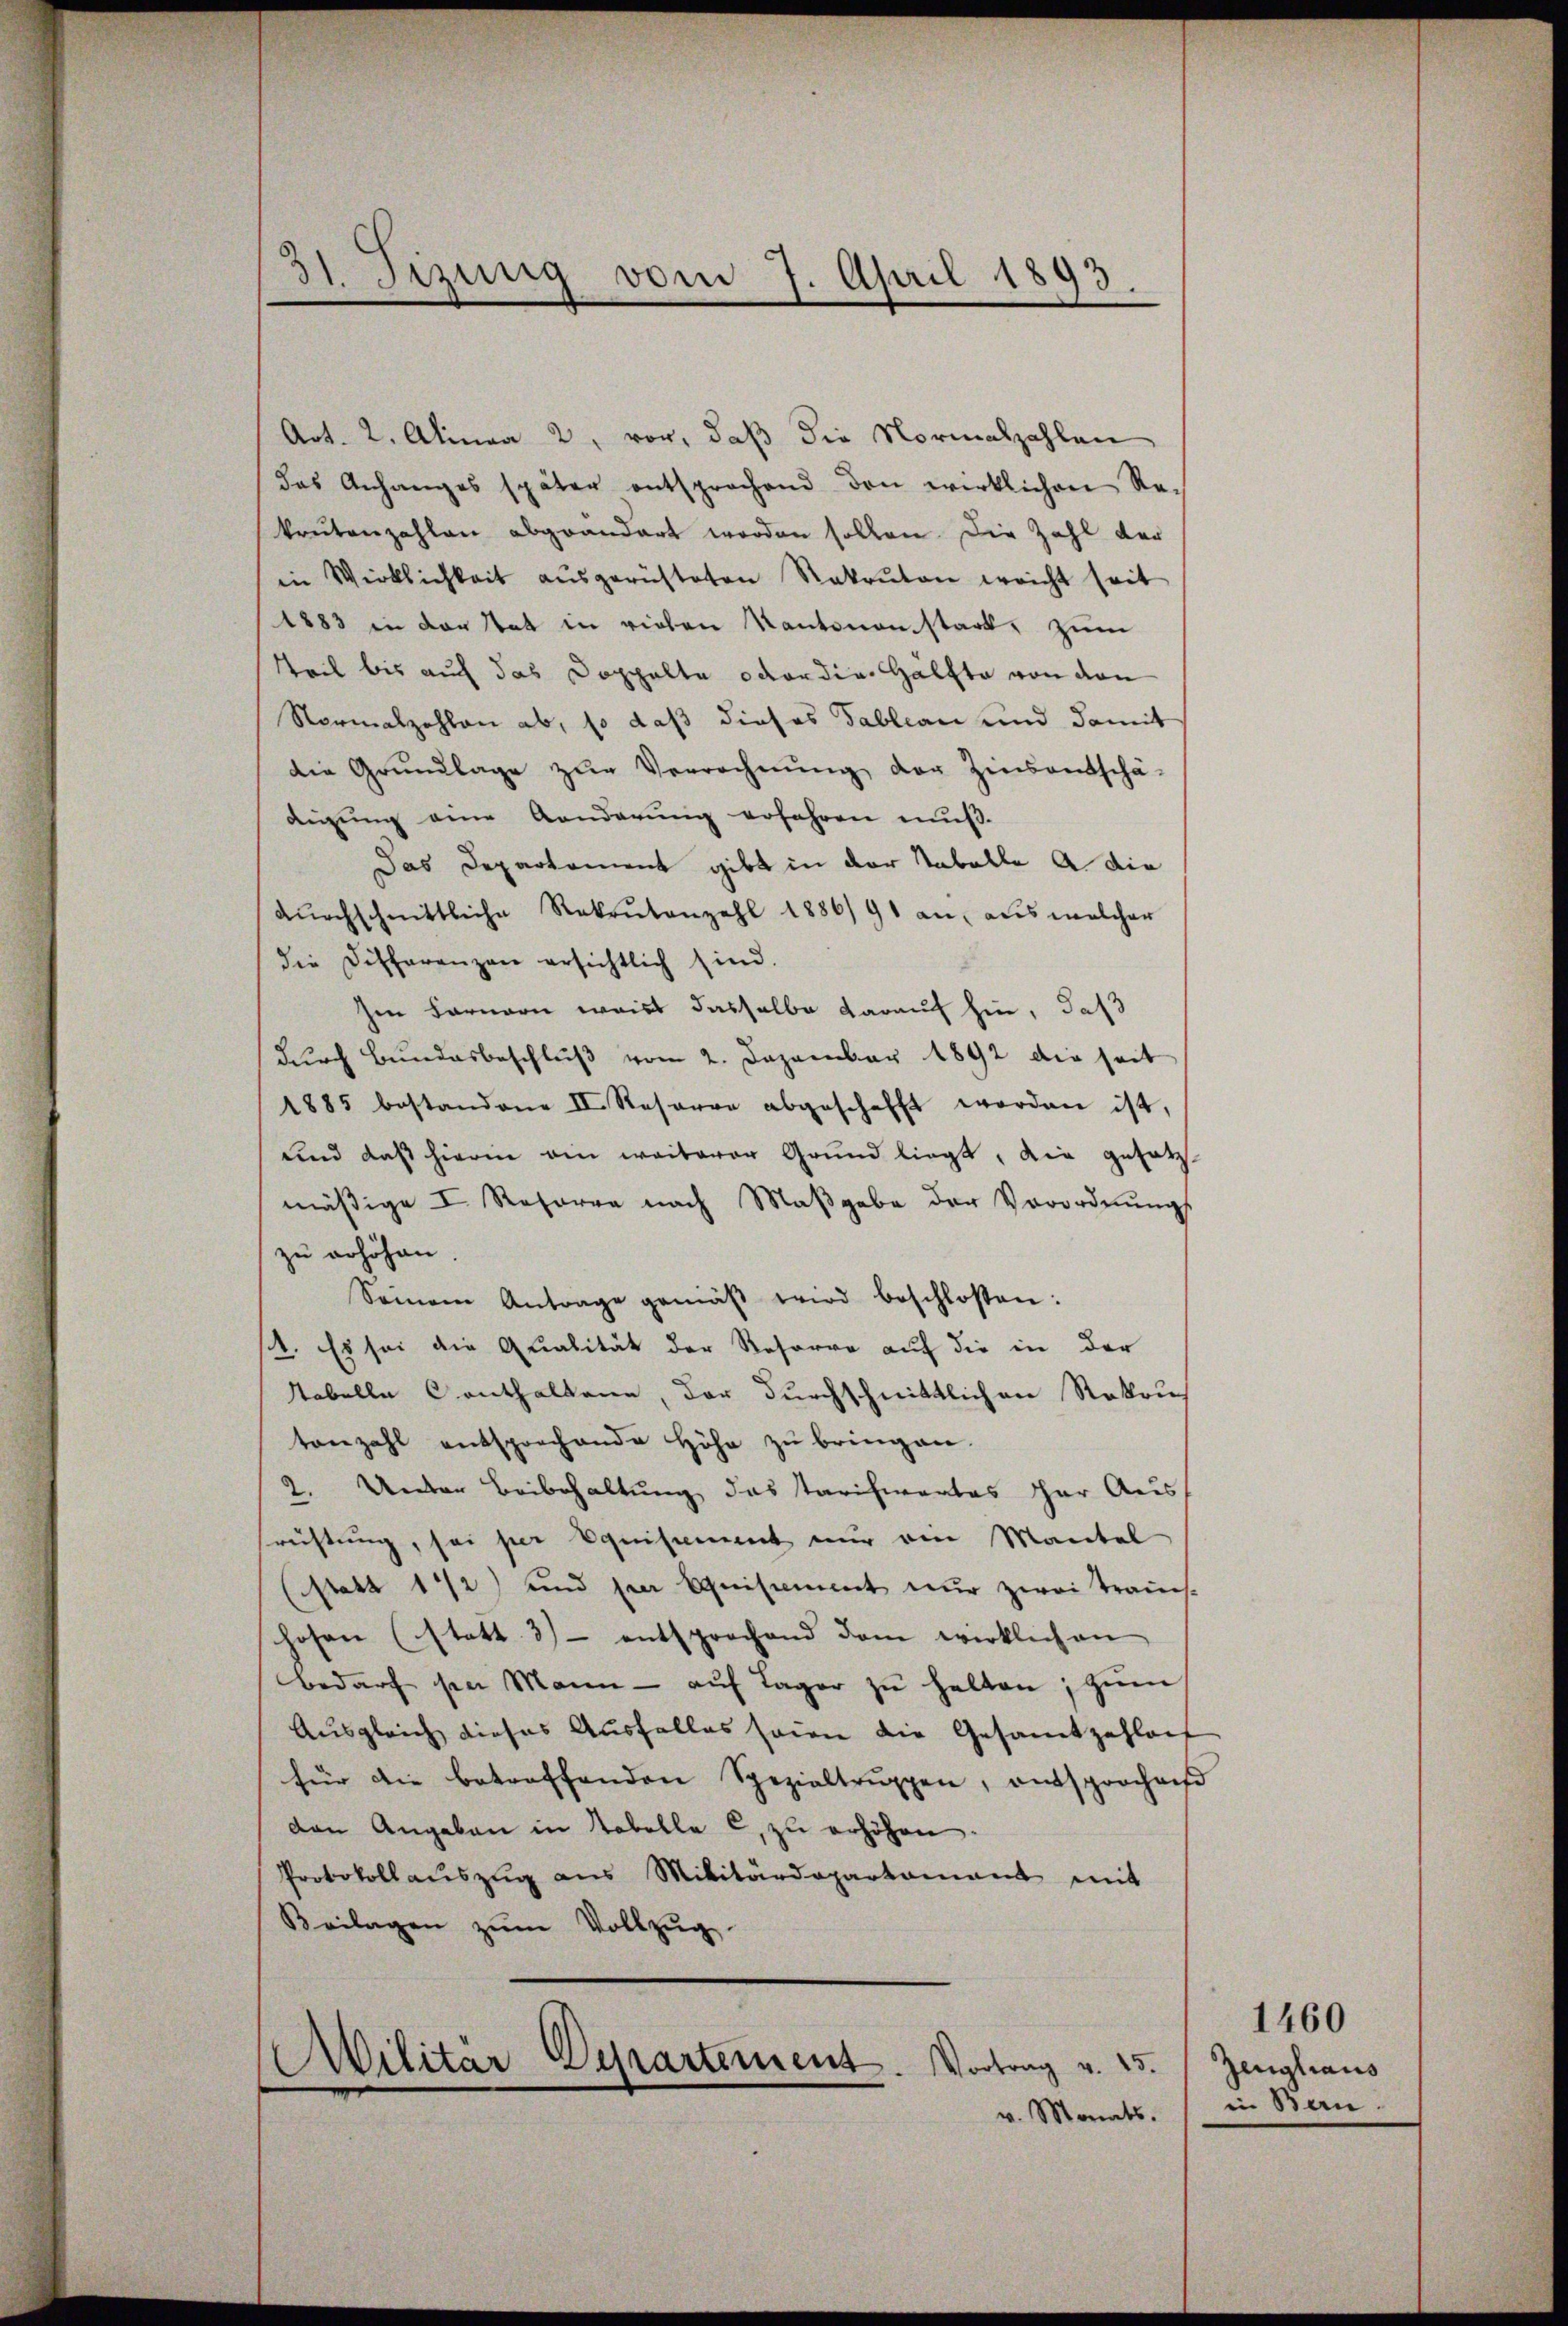
2 Fizung vom 7. April 1893.

Art. 2. Alinea 2. vor, daß die Normalzahlen
das Anhanges später entsprochend den wirklichen Rekretenzahlen abgeändert worden sollen. Die Zahl der
in Wirklichkeit aŭsgerüsteten Rekruten weicht seit
1883 in der Tat in vielen Kantonanstark, zum
Teil bis auch das Doppelte oder die Hälfte von den
Normalzahlen ab, so daß dieses Tableau und damit
die Grŭndlage zŭr Verrechnŭng der Zinsentschä-
digung eine Aenderung erfahren muß.
Das Departement gibt in der Naballe a. die
dŭrchschnittliche Rekrutenzahl 1886/91 an, aus welcher
die Differenzen ersichtlich sind.
en Farnern waist dasselbe darauf hin, daß
durch Bundesbeschluß vom 2. Dezember 1892 die seit
1885 bestandene II. Resorge abgeschafft worden ist,
und daß hierin ein weiterer Grund liegt, die gesetz-
mäßige I. Resoren nach Maβgabe der Verordnŭngs
zu erhöhen
Seinem Antrage gemäβ wird beschlossen:
1. Es sei die Qualität der Resorre auf die in der
Tabelle Conthaltene, der durchschnittlichen Rekrut
tonzahl entsprochende Höhe zu bringen.
2. Unter Beibehaltung das Tarifiertes her Aus
rechtung, sei per Equipement nur von Mantel
statt 112) und per Equipement nur zwei Trauchs-
hosen (statt 3) entsprochend dem wirklich an
bedarf sei Mann - aŭf Lager zŭ halten, zum
Ausgleich dieses Ausfalles seine die Gesamtzahlenf
für die betreffenden Spezialtruppen, entsprochen
den Angaben in Tabella c. zu erhöhen
Protokollauszug aus Militärdepartamant mit
Beilagen zŭm Vollzŭg
Militär Departement. Vortrag v. 25.
v. Monats.

Zeugliaus
in Bern.

1460